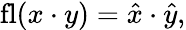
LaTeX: \operatorname{fl}(x\cdot y)={\hat{x}}\cdot{\hat{y}},